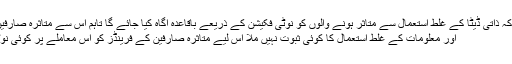
فیس بک نے اعلان کیا ہے کہ ذاتی ڈیٹا کے غلط استعمال سے متاثر ہونے والوں کو نوٹی فکیشن کے ذریعے باقاعدہ آگاہ کیا جائے گا تاہم اس سے متاثرہ صارفین کے ’فرینڈز‘ کا ذاتی ڈیٹا،
اور معلومات کے غلط استعمال کا کوئی ثبوت نہیں ملا اس لیے متاثرہ صارفین کے فرینڈز کو اس معاملے پر کوئی نوٹی فکیشن نہیں دیا جائے گا۔